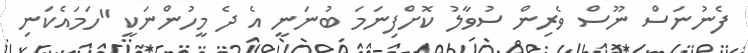
ފެނުނަސް ނޫސް ވެރިން ސުވާލު ކޮށްފިނަމަ ބުނަނީ އެ ދެ މީހުންނަކީ "ހަމައެކަނި